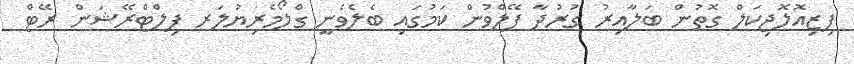
ފިޒިއޮލޮޖިކަލް ގޮތުން ބަލާއިރު ގުރުދާ ފޭލްވުން ކަމުގައި ބެލެވެނީ ގްލޯމެރިޔުލަރ ފިލްޓްރޭޝަން ރޭޓް